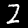
Digit: 2